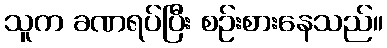
သူက ခဏရပ်ပြီး စဉ်းစားနေသည်။